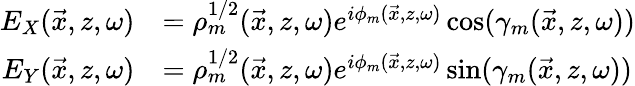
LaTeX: \begin{array}{rl}{E_{X}(\vec{x},z,\omega)}&{=\rho_{m}^{1/2}(\vec{x},z,\omega)e^{i\phi_{m}(\vec{x},z,\omega)}\cos(\gamma_{m}(\vec{x},z,\omega))}\\ {E_{Y}(\vec{x},z,\omega)}&{=\rho_{m}^{1/2}(\vec{x},z,\omega)e^{i\phi_{m}(\vec{x},z,\omega)}\sin(\gamma_{m}(\vec{x},z,\omega))}\end{array}